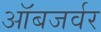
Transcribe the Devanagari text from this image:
ऑबजर्वर